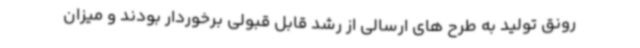
رونق تولید به طرح های ارسالی از رشد قابل قبولی برخوردار بودند و میزان